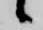
候